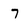
Character: 7